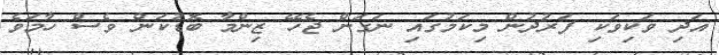
އަދި ވަކިވަކި ފަރުދުން މިކަމުގައި ނަގަން ޖެހޭ ޒިންމާ ބޮޑުކަން ވެސް ހާމަވެ